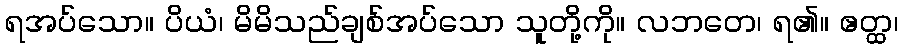
ရအပ်သော။ ပိယံ၊ မိမိသည်ချစ်အပ်သော သူတို့ကို။ လဘတေ၊ ရ၏။ ဧတ္ထ၊